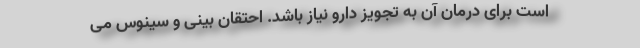
است برای درمان آن به تجویز دارو نیاز باشد. احتقان بینی و سینوس می